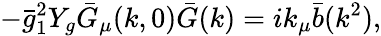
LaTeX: -\bar{g}_{1}^{2}Y_{g}\bar{G}_{\mu}(k,0)\bar{G}(k)=ik_{\mu}\bar{b}(k^{2}),